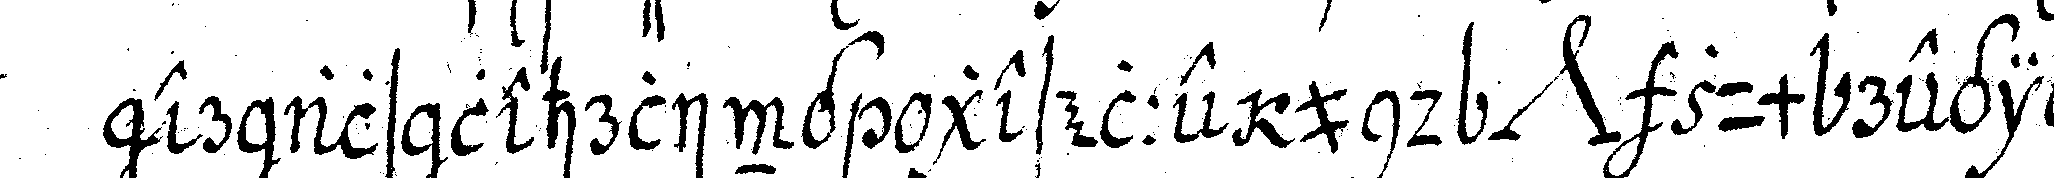
er als lehrling geselle und *nee* zum regie